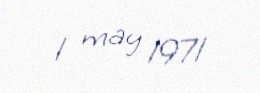
1 may 1971